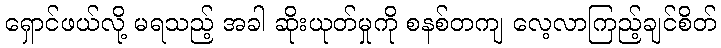
ရှောင်ဖယ်လို့ မရသည့် အခါ ဆိုးယုတ်မှုကို စနစ်တကျ လေ့လာကြည့်ချင်စိတ်